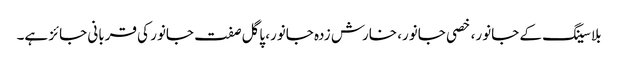
بلا سینگ کے جانور، خصی جانور، خارش زدہ جانور، پاگل صفت جانور کی قربانی جائز ہے۔